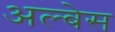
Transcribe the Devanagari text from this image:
अल्बेस